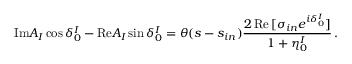
\mathrm { I m } A _ { I } \cos \delta _ { 0 } ^ { I } - \mathrm { R e } A _ { I } \sin \delta _ { 0 } ^ { I } = \theta ( s - s _ { i n } ) { \frac { 2 \, \mathrm { R e } \, [ \sigma _ { i n } e ^ { i \delta _ { 0 } ^ { I } } ] } { 1 + \eta _ { 0 } ^ { I } } } \, .